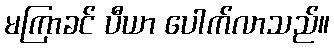
မကြာခင် ပီယာ ပေါက်လာသည်။